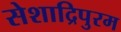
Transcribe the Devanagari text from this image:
सेशाद्रिपुरम